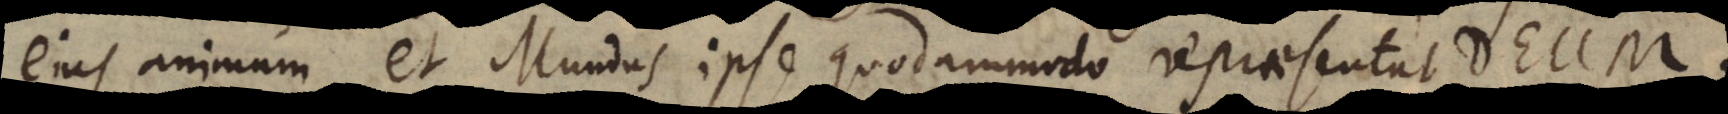
ejus animum, et Mundus ipse quodammodo repraesentat Deum.